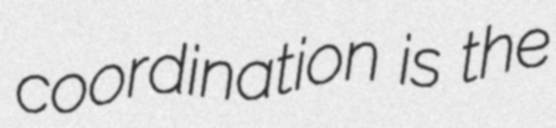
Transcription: coordination is the